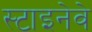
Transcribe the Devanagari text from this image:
स्टाइनेवे